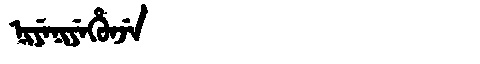
Manchu: ᠨᡳᠶᡝᠨᡳᠶᡝᡥᡠᠨᠵᡝ
Romanization: NIYENIYEHUNJE